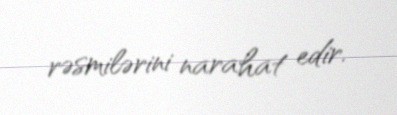
rəsmilərini narahat edir.